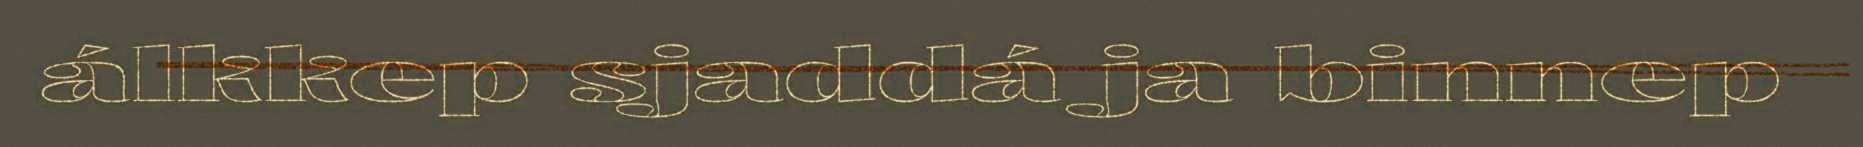
álkkep sjaddá ja binnep